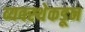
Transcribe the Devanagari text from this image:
व्यवस्थेकडून